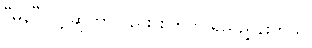
“မန” လို့ ဆိုတာလည်း စိတ်ကို ရည်ညွှန်းတယ်၊